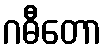
ဂဓီတော